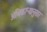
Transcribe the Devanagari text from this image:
अधिकाऱ्यानुसार